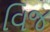
વિજ